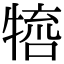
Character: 𤚵